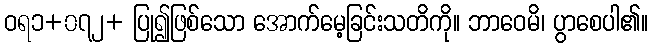
ဝရ၁+၀၇၂+ ပြု၍ဖြစ်သော အောက်မေ့ခြင်းသတိကို။ ဘာဝေမိ၊ ပွာစေပါ၏။